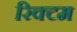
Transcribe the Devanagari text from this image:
रिक्टम